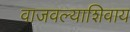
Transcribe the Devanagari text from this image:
वाजवल्याशिवाय